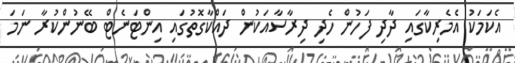
އެކަމަކު އެމެރިކާގައި ދާދި ފަހުން ހެދި ދިރާސާއަކުން ދައްކާގޮތުގައި އިންޓަނެޓް ބޭނުންކުރާ ނަމަ